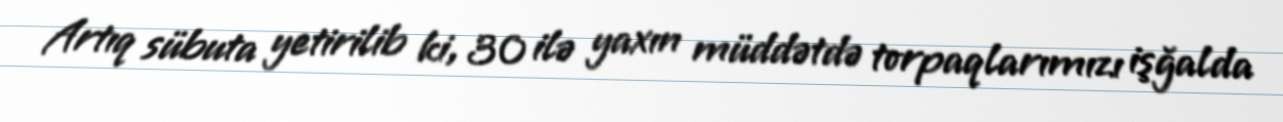
Artıq sübuta yetirilib ki, 30 ilə yaxın müddətdə torpaqlarımızı işğalda